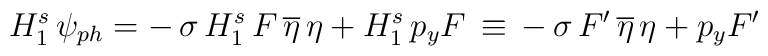
H^s_1\, \psi_{ph} = -  \, \sigma \, H^s_1 \, F \, \overline{\eta} \, \eta +H^s_1 \, p_yF \, \equiv \, - \, \sigma \, F' \,\overline{\eta} \, \eta + p_yF'